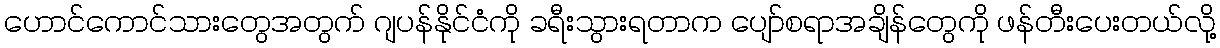
ဟောင်ကောင်သားတွေအတွက် ဂျပန်နိုင်ငံကို ခရီးသွားရတာက ပျော်စရာအချိန်တွေကို ဖန်တီးပေးတယ်လို့